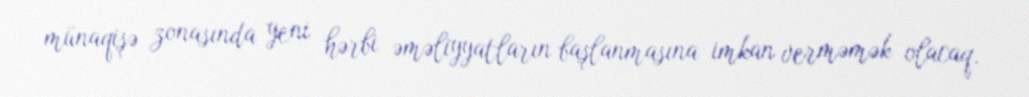
münaqişə zonasında yeni hərbi əməliyyatların başlanmasına imkan verməmək olacaq.